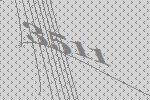
3511